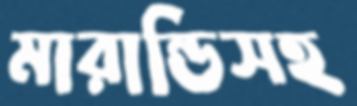
মারান্ডিসহ